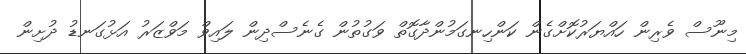
މިނޫސް ވެރިން ހައްޔަރުކޮށްގެން ކަންހިނގަމުންދާގޮތް ވަގުތުން ގެނެސްދިން ލައިވް މަވްޒަރު އަޅުގަނޑު ދުށިން